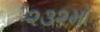
૨૩૨મો